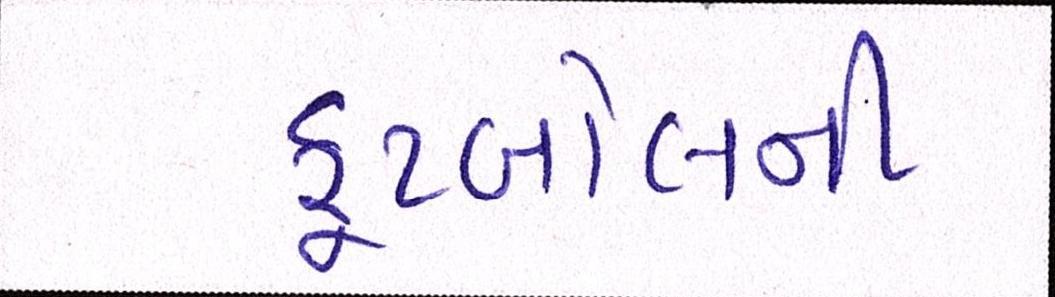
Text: ફૂટબોલની